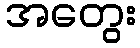
အတွေး